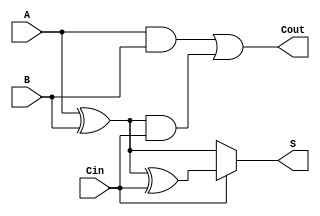
module conditional_sum_full_adder (
    input wire A,      // First significant bit
    input wire B,      // Second significant bit
    input wire Cin,    // Carry input
    output wire S,     // Sum output
    output wire Cout    // Carry output
);

    // Intermediate sum calculations
    wire S0;           // Sum without carry
    wire S1;           // Sum with carry
    wire C1;           // Carry condition 1
    wire C2;           // Carry condition 2

    // Calculate S0 and S1
    assign S0 = A ^ B;           // S0 = A XOR B
    assign S1 = S0 ^ Cin;        // S1 = S0 XOR Cin

    // Determine the final sum output based on Cin
    assign S = (Cin == 1'b0) ? S0 : S1;

    // Calculate carry conditions
    assign C1 = A & B;           // C1 = A AND B
    assign C2 = S0 & Cin;        // C2 = (A XOR B) AND Cin

    // Determine the final carry output
    assign Cout = C1 | C2;       // Cout = C1 OR C2

endmodule